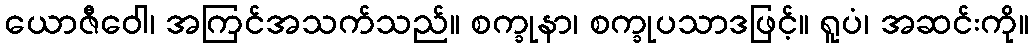
ယောဇီဝေါ၊ အကြင်အသက်သည်။ စက္ခုနာ၊ စက္ခုပသာဒဖြင့်။ ရူပံ၊ အဆင်းကို။